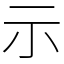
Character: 示